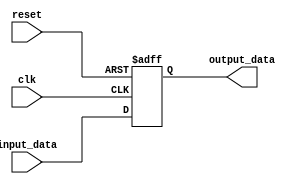
module voltage_level_shifter (
    input wire clk,
    input wire reset,
    input wire [7:0] input_data,
    output reg [7:0] output_data
);

reg [7:0] temp_data;

always @(posedge clk or posedge reset) begin
    if (reset) begin
        temp_data <= 8'b00000000;
    end else begin
        // Logic to shift voltage levels
        temp_data <= input_data;
    end
end

always @* begin
    output_data = temp_data;
end

endmodule